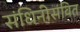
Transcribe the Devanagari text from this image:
संधिनीसंवित